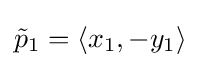
{\textstyle {\tilde {p}}_{1}=\langle x_{1},-y_{1}\rangle }